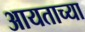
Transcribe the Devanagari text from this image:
आयताच्या